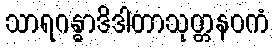
သာရဂန္ဓာဒိဒါတာသုတ္တနဝကံ